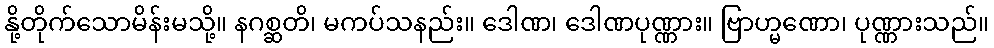
နို့တိုက်သောမိန်းမသို့။ နဂစ္ဆတိ၊ မကပ်သနည်း။ ဒေါဏ၊ ဒေါဏပုဏ္ဏား။ ဗြာဟ္မဏော၊ ပုဏ္ဏားသည်။